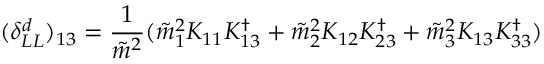
( \delta _ { L L } ^ { d } ) _ { 1 3 } = \frac { 1 } { \tilde { m } ^ { 2 } } ( \tilde { m } _ { 1 } ^ { 2 } K _ { 1 1 } K _ { 1 3 } ^ { \dag } + \tilde { m } _ { 2 } ^ { 2 } K _ { 1 2 } K _ { 2 3 } ^ { \dag } + \tilde { m } _ { 3 } ^ { 2 } K _ { 1 3 } K _ { 3 3 } ^ { \dag } )